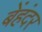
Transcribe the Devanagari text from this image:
बेंहंदर